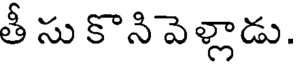
తీ సు కొనివెళ్లాడు.